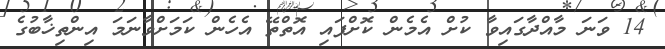
14 ވަނަ މާއްދާގައިވާ ކުށް އެމެން ކޮށްފައި އޮތްތޭ އެހެން ކަމަށްވާނަމަ އިންތިޚާބުގެ